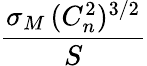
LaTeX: \frac{\sigma_{M}\, (C_{n}^{2})^{3/2}}{S}